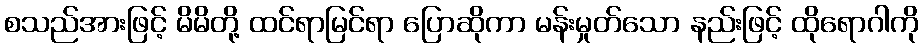
စသည်အားဖြင့် မိမိတို့ ထင်ရာမြင်ရာ ပြောဆိုကာ မန်းမှုတ်သော နည်းဖြင့် ထိုရောဂါကို